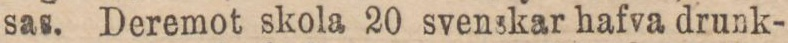
sas. Deremot skola 20 svenskar hafva drunk-